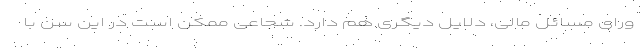
ورای مسائل مالی، دلایل دیگری هم دارد. شجاعی ممکن است در این سن با